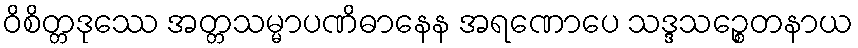
ဝိစိတ္တဒုဿေ အတ္တသမ္မာပဏိဓာနေန အရဏောပေ သဒ္ဒသဉ္စေတနာယ